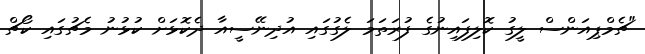
"ޗެމްޕިއަންސް ލީގު ކޮލިފައިނުގެ ފުރަތަމަ ލެގުގައި އުދިނޭސީއާ ދެކޮޅަށް ކުޅުނު މެޗުގައި ކޯޗް